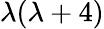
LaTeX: \lambda(\lambda+4)